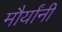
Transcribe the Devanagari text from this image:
मौर्यांनी